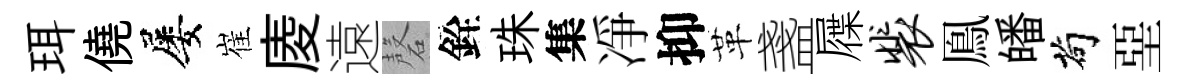
珥僥屡崔庱遠磬銓珠集凈抑革盞屧裴鳯皤茍堊